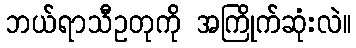
ဘယ်ရာသီဥတုကို အကြိုက်ဆုံးလဲ။